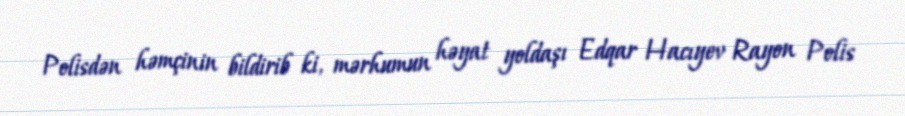
Polisdən həmçinin bildirib ki, mərhumun həyat yoldaşı Edqar Hacıyev Rayon Polis